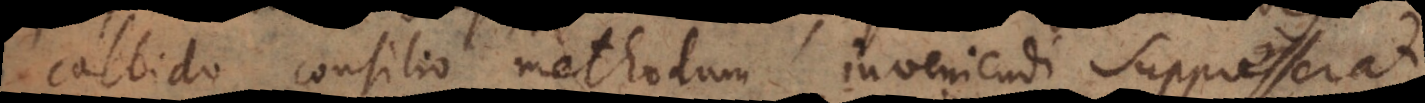
callido consilio methodum inveniendi suppresserat,